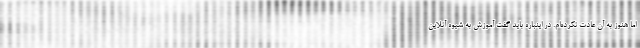
اما هنوز به آن عادت نکرده‌ام. در اینباره باید گفت آموزش به شیوه آنلاین